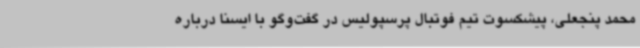
محمد پنجعلی، پیشکسوت تیم فوتبال پرسپولیس در گفت‌وگو با ایسنا درباره